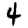
Digit: 4